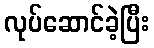
လုပ်ဆောင်ခဲ့ပြီး